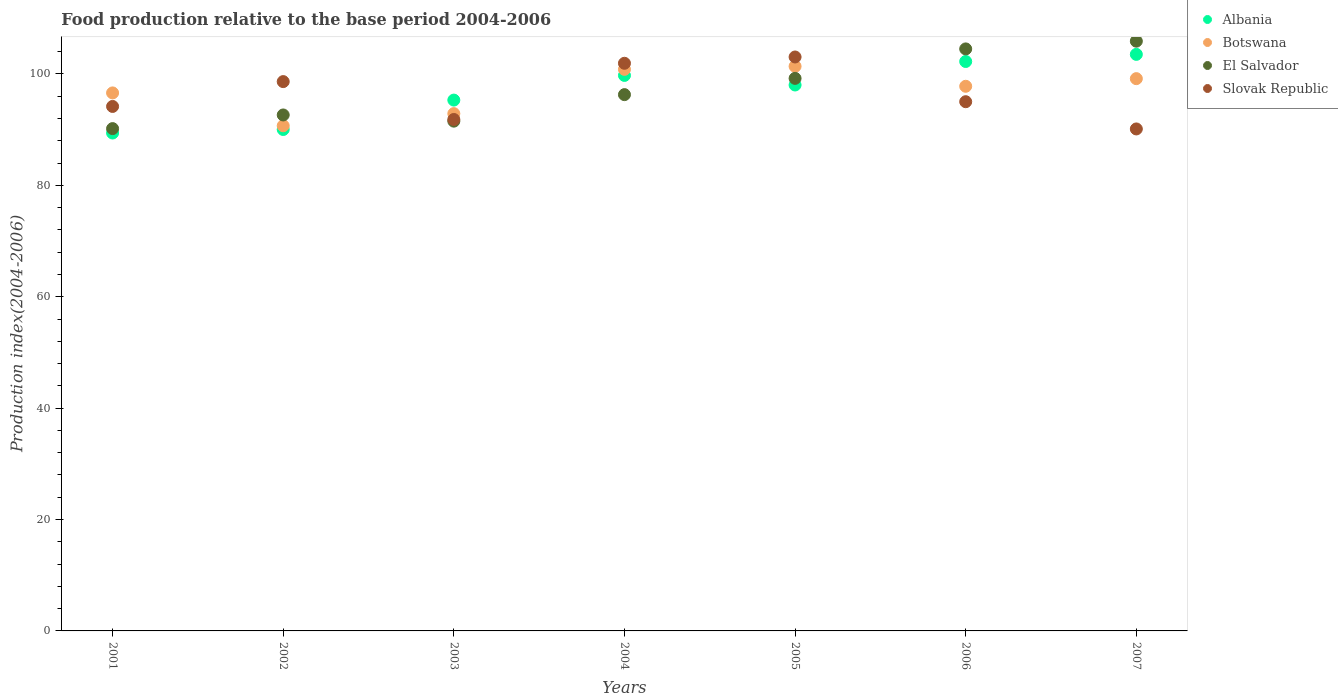
| Years | Albania | Botswana | El Salvador | Slovak Republic |
 | --- | --- | --- | --- | --- |
 | 2001 | 89.4 | 96.6 | 90.2 | 94.2 |
 | 2002 | 90 | 90.7 | 92.6 | 98.6 |
 | 2003 | 95.3 | 92.9 | 91.5 | 91.8 |
 | 2004 | 99.7 | 101 | 96.3 | 102 |
 | 2005 | 98 | 101 | 99.2 | 103 |
 | 2006 | 102 | 97.8 | 104 | 95 |
 | 2007 | 104 | 99.2 | 106 | 90.1 |